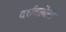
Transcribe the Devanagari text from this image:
दर्शवलेली